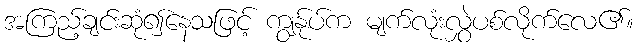
အကြည့်ချင်းဆုံ၍နေသဖြင့် ကျွန်ုပ်က မျက်လုံးလွှဲပစ်လိုက်လေ၏။